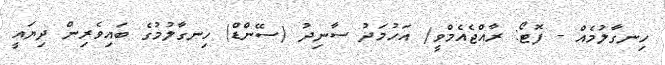
ހިނގާލުމެއް - ފޮޓޯ: ރާއްޖެއެމްވީ/ އަހުމަދު ސާނިދު (ސޭންޑް) ހިނގާލުމުގެ ބައިވެރިން ދިޔައީ